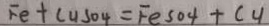
F e + C u S O 4 = F e S O 4 + C u